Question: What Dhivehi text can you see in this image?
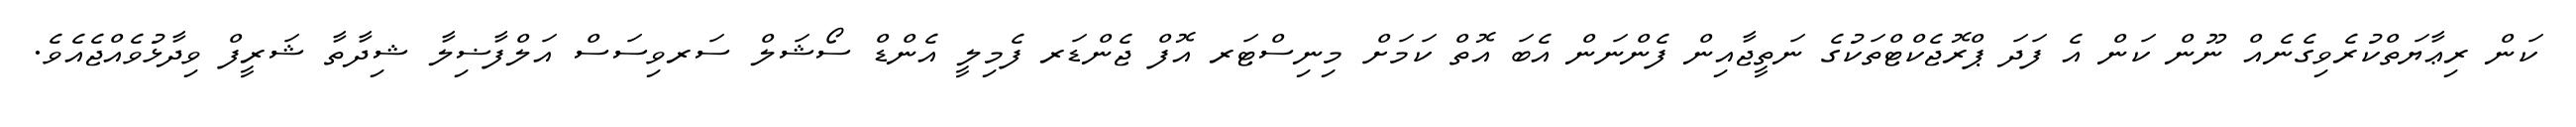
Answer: ކަން ރިޢާޔަތްކުރެވިގެނެއް ނޫން ކަން އެ ފަދަ ޕްރޮޖެކްޓްތަކުގެ ނަތީޖާއިން ފެންނަން އެބަ އޮތް ކަމަށް މިނިސްޓަރ އޮފް ޖެންޑަރ ފެމިލީ އެންޑް ސޯޝަލް ސަރވިސަސް އަލްފާޟިލާ ޝިދާތާ ޝަރީފް ވިދާޅުވެއްޖެއެވެ.